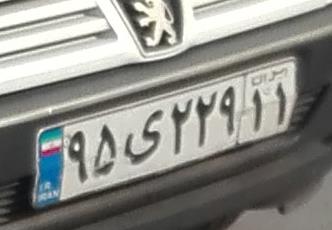
۹۵ی۲۲۹۱۱